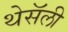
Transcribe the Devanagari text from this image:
थेसॅली